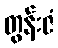
တွန်းဇံ